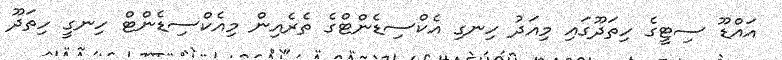
އައްޑޫ ސިޓީގެ ހިތަދޫގައި މިއަދު ހިނގި އެކްސިޑެންޓްގެ ތެރެއިން މިއެކްސިޑެންޓް ހިނގީ ހިތަދޫ